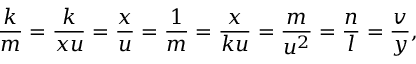
\frac k m = \frac k { x u } = \frac x u = \frac 1 m = \frac x { k u } = \frac m { u ^ { 2 } } = \frac n l = \frac v y ,